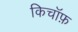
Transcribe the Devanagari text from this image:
किचॉफ़